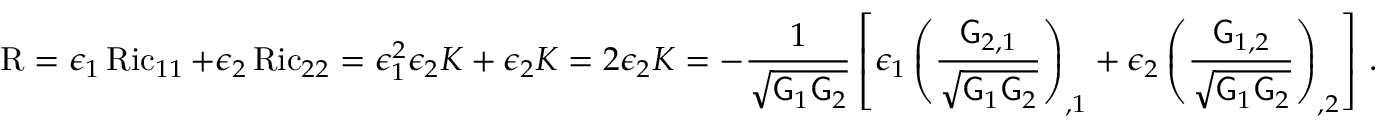
\operatorname { R } = \epsilon _ { 1 } \operatorname { R i c } _ { 1 1 } + \epsilon _ { 2 } \operatorname { R i c } _ { 2 2 } = \epsilon _ { 1 } ^ { 2 } \epsilon _ { 2 } K + \epsilon _ { 2 } K = 2 \epsilon _ { 2 } K = - \frac { 1 } { \sqrt { \mathsf { G } _ { 1 } \mathsf { G } _ { 2 } } } \left[ \epsilon _ { 1 } \left( \frac { \mathsf { G } _ { 2 , 1 } } { \sqrt { \mathsf { G } _ { 1 } \mathsf { G } _ { 2 } } } \right) _ { , 1 } + \epsilon _ { 2 } \left( \frac { \mathsf { G } _ { 1 , 2 } } { \sqrt { \mathsf { G } _ { 1 } \mathsf { G } _ { 2 } } } \right) _ { , 2 } \right] \, .